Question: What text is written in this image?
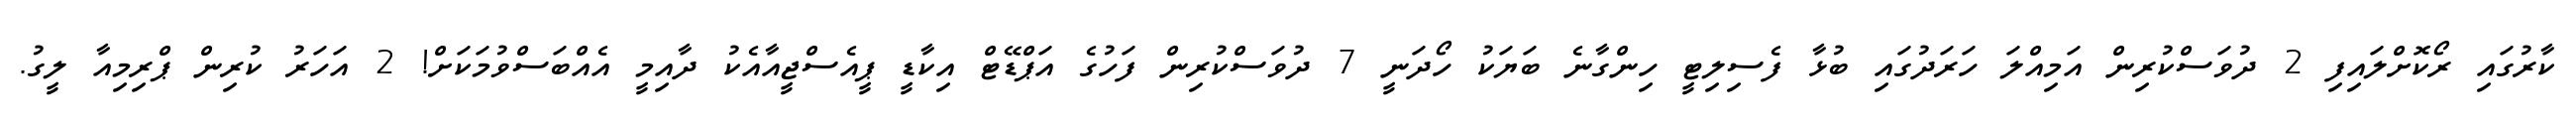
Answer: ކާރުގައި ރޯކޮށްލައިފި 2 ދުވަސްކުރިން އަމިއްލަ ހަރަދުގައި ބުޅާ ފެސިލިޓީ ހިންގާނެ ބަޔަކު ހޯދަނީ 7 ދުވަސްކުރިން ފަހުގެ އަޕްޑޭޓް އިކާޑީ ޕީއެސްޖީއާއެކު ދާއިމީ އެއްބަސްވުމަކަށް! 2 އަހަރު ކުރިން ޕްރިމިއާ ލީގު.